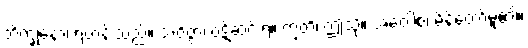
ဘိက္ခုနော၊ ရဟန်းသည်။ အဝိဇ္ဇာ၊ ဝဋ်ဆင်းရဲ။ ဣတိ၊ ဤသို့။ အဝေါစ၊ မိန့်တော်မူ၏။